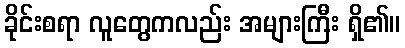
ခိုင်းစရာ လူတွေကလည်း အများကြီး ရှိ၏။